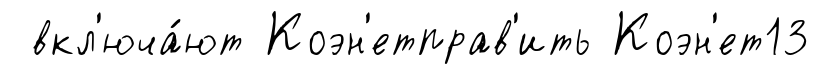
вкл'юча́ют Коэн'етправ'ить Коэн'ет13